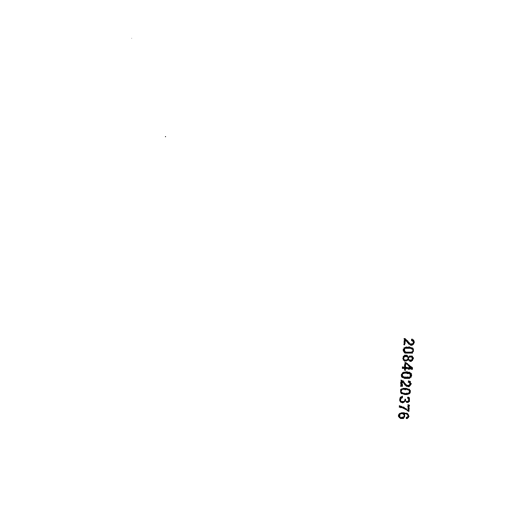
2084020376